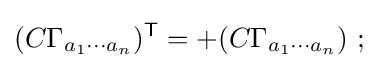
(C\Gamma _{a_{1}\dotsm a_{n}})^{\textsf {T}}=+(C\Gamma _{a_{1}\dotsm a_{n}})~;